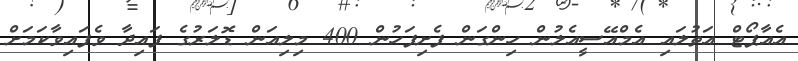
އެއާޕޯޓް އަތުލައި އެމްއޭސީއެލުން ހިންގަން ފެށިފަހުން 400 މިލިއަން ޑޮލަރުގެ ފައިދާ ވެފައިވާކަމަށް